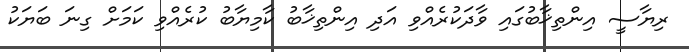
ރިޔާސީ އިންތިޚާބުގައި ވާދަކުރެއްވި އަދި އިންތިޚާބު ކާމިޔާބު ކުރެއްވި ކަމަށް ގިނަ ބަޔަކު